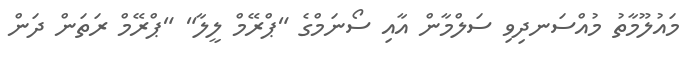
މައުލޫމާތު މުއްސަނދިވި ސަލްމާން އާއި ސޯނަމްގެ "ޕްރޭމް ލީލާ" "ޕްރޭމް ރަތަން ދަން